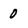
Character: 0